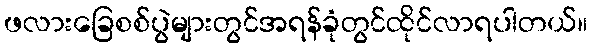
ဖလားခြေစစ်ပွဲများတွင်အရန်ခုံတွင်ထိုင်လာရပါတယ်။